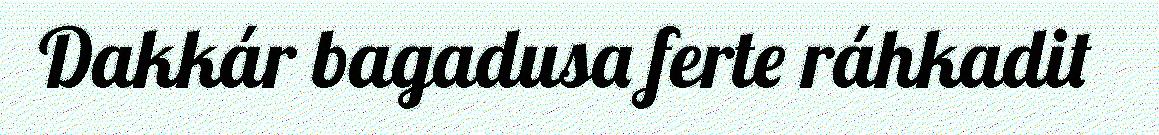
Dakkár bagadusa ferte ráhkadit